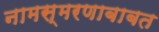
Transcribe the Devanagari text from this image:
नामस्मरणाबाबत